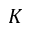
K